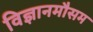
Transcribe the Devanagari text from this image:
विज्ञानमौसम